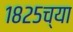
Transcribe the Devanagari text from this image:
१८२५च्या